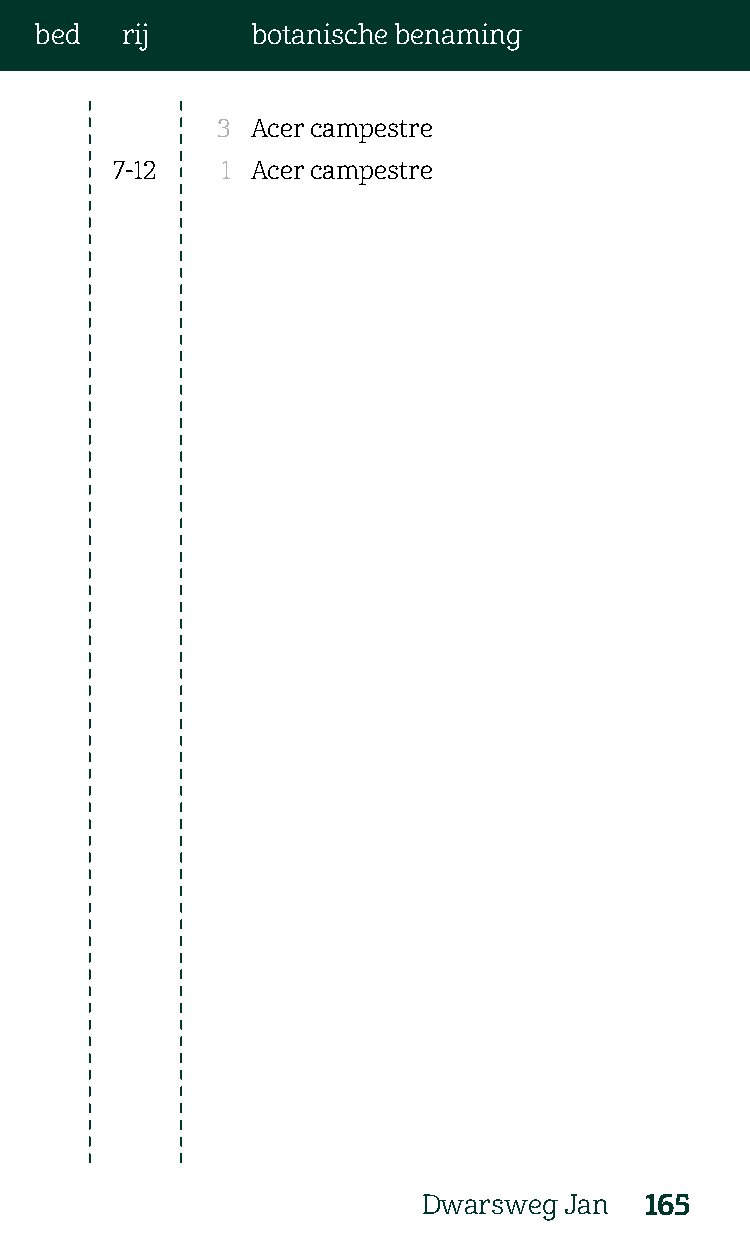
bed   rij      botanische benaming
 3  Acer campestre
 7-12    1 Acer campestre
 Dwarsweg Jan   165